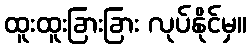
ထူးထူးခြားခြား လုပ်နိုင်မှ။